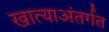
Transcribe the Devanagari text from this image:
खात्याअंतर्गत